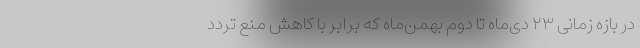
در بازه زمانی ۲۳ دی‌ماه تا دوم بهمن‌ماه که برابر با کاهش منع تردد